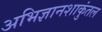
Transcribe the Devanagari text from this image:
अभिज्ञानशाकुंतल